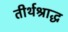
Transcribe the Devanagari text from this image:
तीर्थश्राद्ध